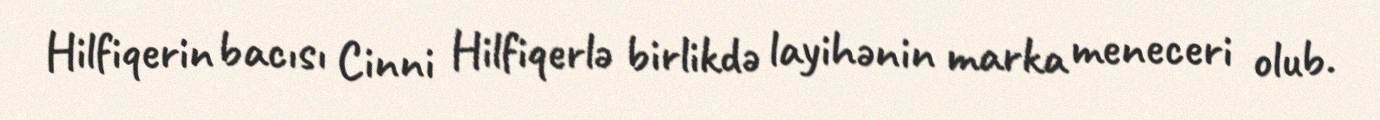
Hilfiqerin bacısı Cinni Hilfiqerlə birlikdə layihənin marka meneceri olub.